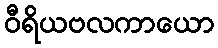
ဝီရိယဗလကာယော